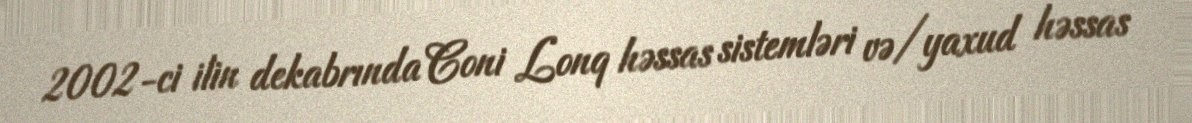
2002-ci ilin dekabrında Coni Lonq həssas sistemləri və/yaxud həssas